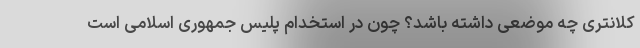
کلانتری چه موضعی داشته باشد؟ چون در استخدام پلیس جمهوری اسلامی است